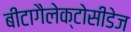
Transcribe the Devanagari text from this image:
बीटागैलेक्टोसीडेज